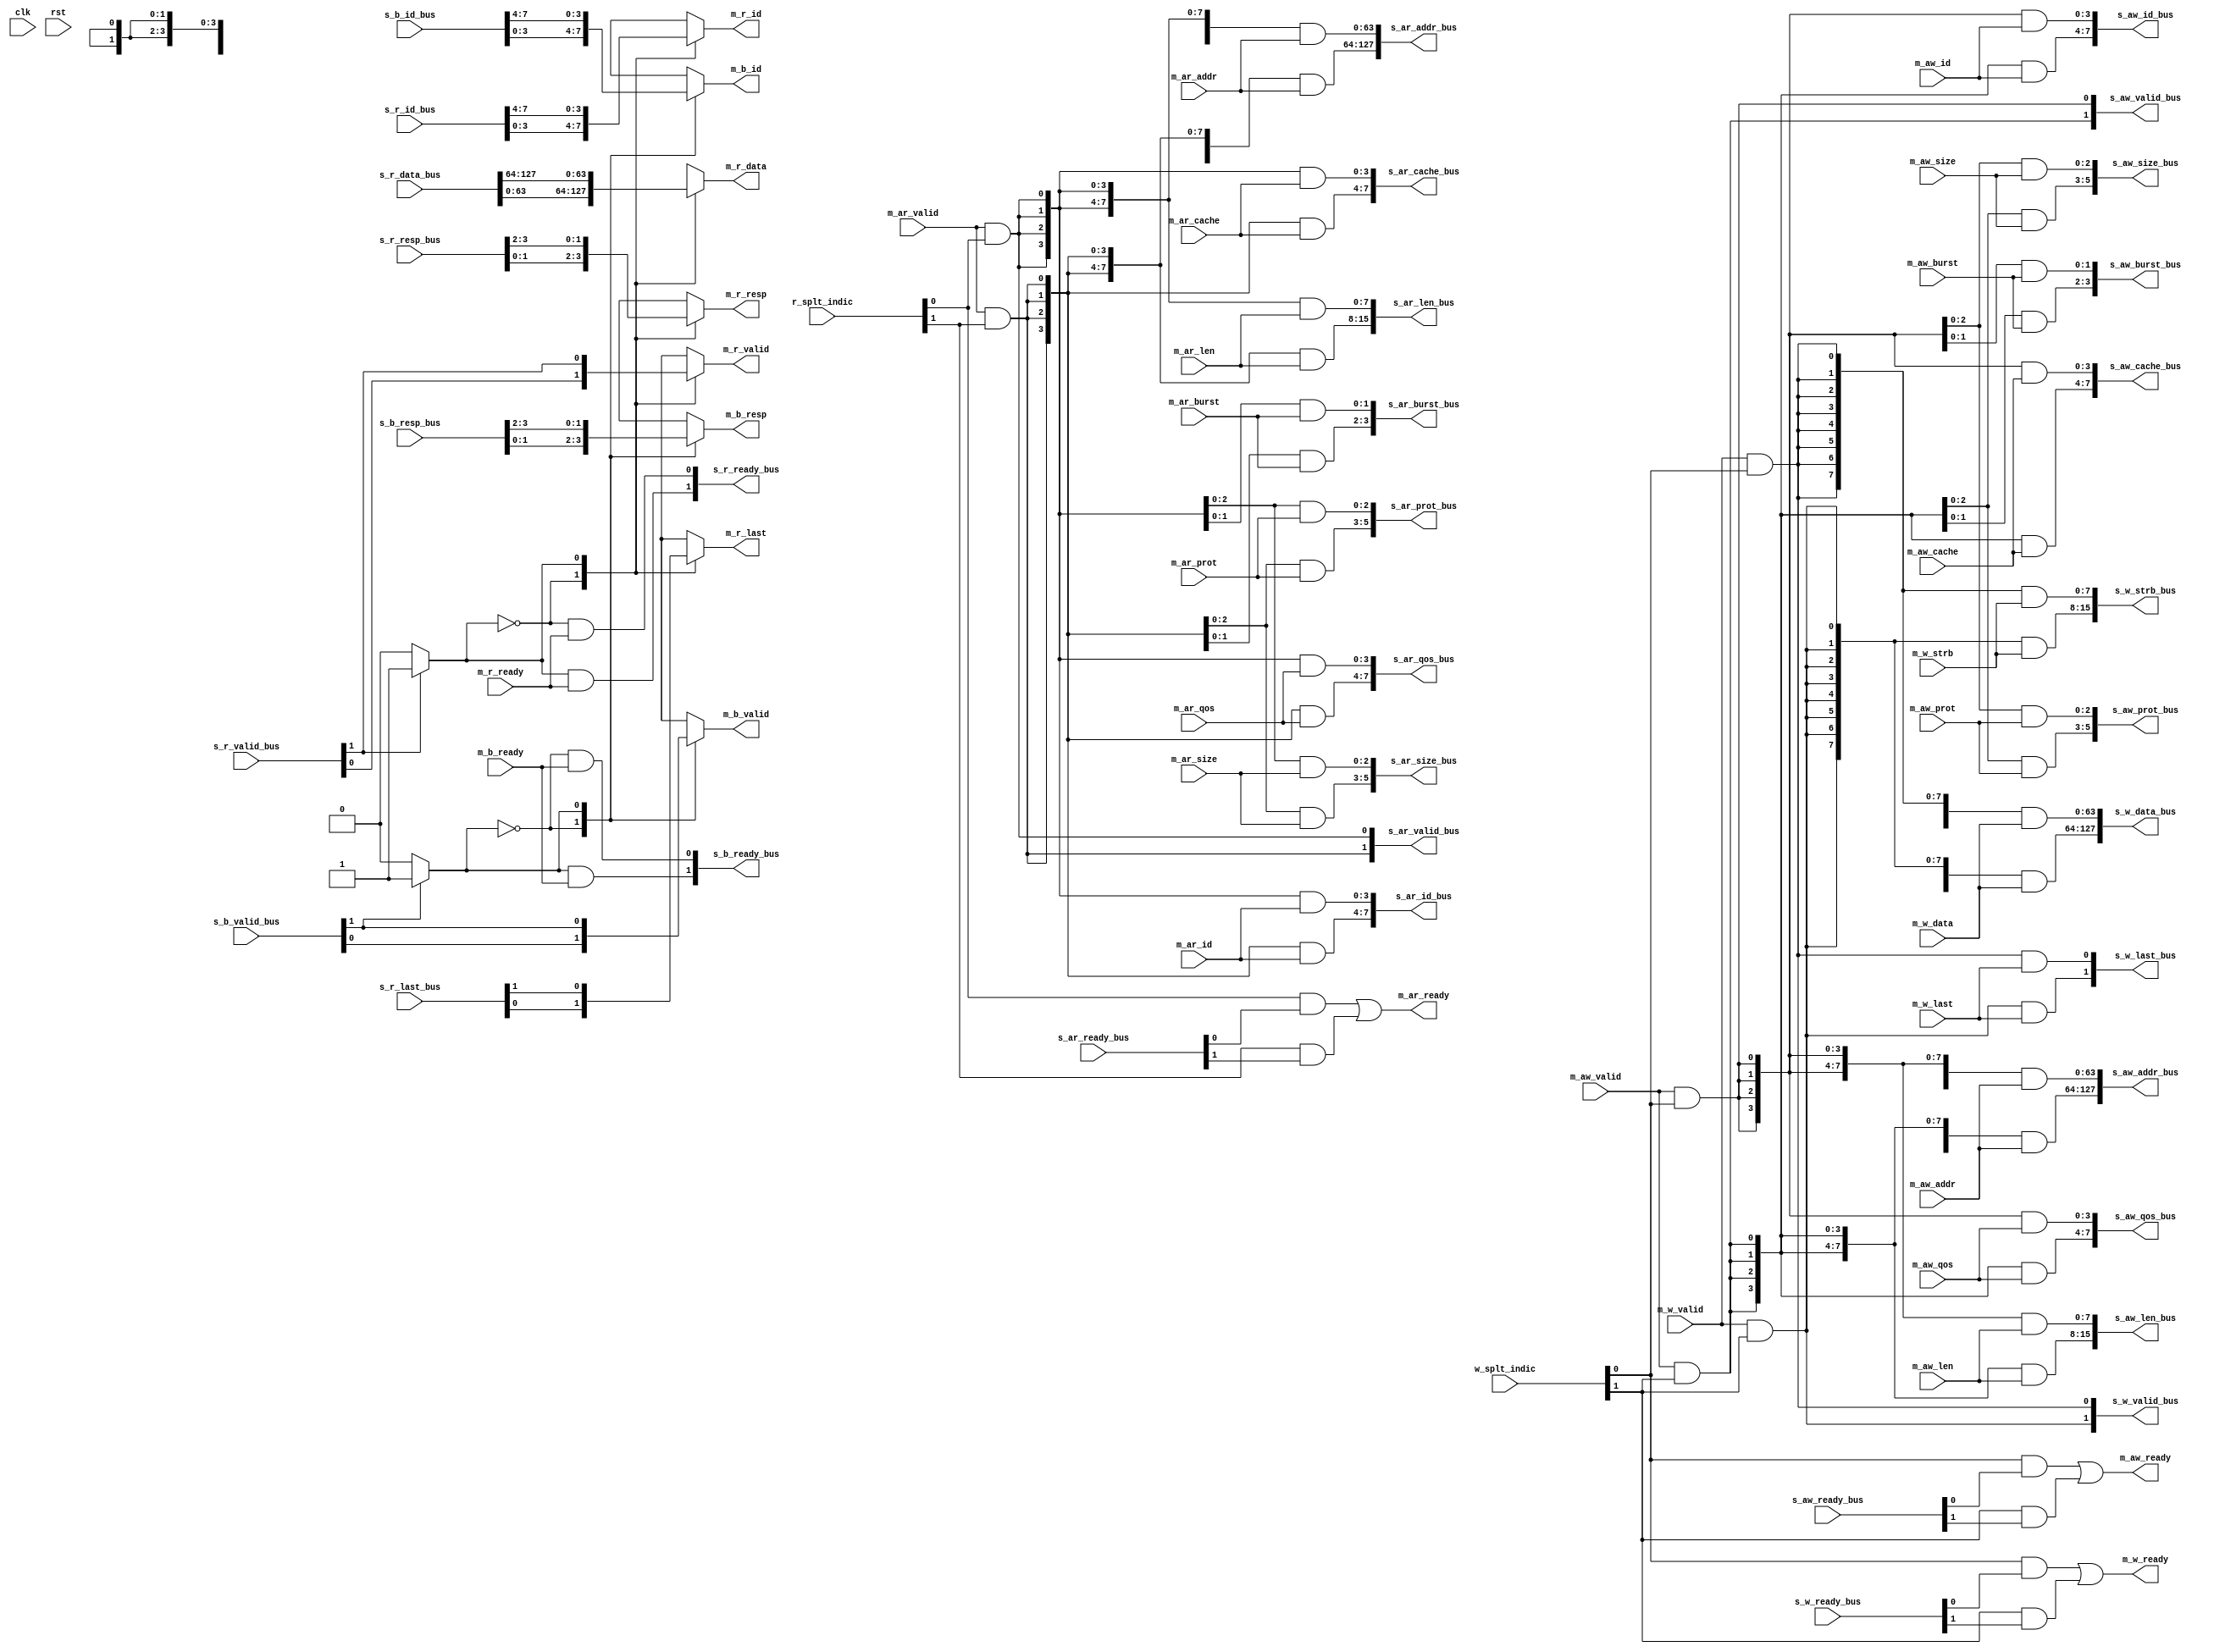
module axi_splt #(
    parameter AW = 64,
    parameter DW = 64,
    parameter ID_W = 4,
    parameter SPLT_NUM = 2,
    parameter SPLT_PTR_W = 1 

)(
    input wire clk,
    input wire rst,

    input wire [SPLT_NUM-1:0]     w_splt_indic,
    input wire [SPLT_NUM-1:0]     r_splt_indic,
    //----------- AXI Interface Signals To Or From Master ----------
    // write address channel 
    input  wire [ID_W-1:0]        m_aw_id,
    input  wire [AW-1  :0]        m_aw_addr,
    input  wire [7:0]             m_aw_len,
    input  wire [2:0]             m_aw_size,
    input  wire [1:0]             m_aw_burst,
    input  wire [3:0]             m_aw_cache,
    input  wire [2:0]             m_aw_prot,
    input  wire [3:0]             m_aw_qos,
    input  wire                   m_aw_valid,
    output wire                   m_aw_ready,
                                  
                                   
    // write data channel   
    input  wire [DW-1  :0]        m_w_data,
    input  wire [DW/8-1:0]        m_w_strb,
    input  wire                   m_w_last,
    input  wire                   m_w_valid,
    output wire                   m_w_ready,
                          
    // write response channel 
    output wire [ID_W-1:0]        m_b_id,
    output wire [1:0]             m_b_resp,
    output wire                   m_b_valid,
    input  wire                   m_b_ready,
                                  
    // read address channel  
    input wire [ID_W-1:0]         m_ar_id,
    input wire [AW-1  :0]         m_ar_addr,
    input wire [7:0]              m_ar_len,
    input wire [2:0]              m_ar_size,
    input wire [1:0]              m_ar_burst,
    input wire [3:0]              m_ar_cache,
    input wire [2:0]              m_ar_prot,
    input wire [3:0]              m_ar_qos,
    input wire                    m_ar_valid,
    output  wire                  m_ar_ready,

    // read data channel  
    output wire [ID_W-1:0]        m_r_id,
    output wire [DW-1  :0]        m_r_data,
    output wire [1:0]             m_r_resp,
    output wire                   m_r_last,
    output wire                   m_r_valid,
    input wire                    m_r_ready,

    //----------- AXI Interface Signals To Or From Slave ----------
    // write address channel 
    output  wire [ID_W*SPLT_NUM-1:0]   s_aw_id_bus,
    output  wire [AW*SPLT_NUM-1  :0]   s_aw_addr_bus,
    output  wire [8*SPLT_NUM-1   :0]   s_aw_len_bus,
    output  wire [3*SPLT_NUM-1   :0]   s_aw_size_bus,
    output  wire [2*SPLT_NUM-1   :0]   s_aw_burst_bus,
    output  wire [4*SPLT_NUM-1   :0]   s_aw_cache_bus,
    output  wire [3*SPLT_NUM-1   :0]   s_aw_prot_bus,
    output  wire [4*SPLT_NUM-1   :0]   s_aw_qos_bus,
    output  wire [1*SPLT_NUM-1   :0]   s_aw_valid_bus,
    input   wire [1*SPLT_NUM-1   :0]   s_aw_ready_bus,
                                       
                                       
    // write data channel              
    output  wire [DW*SPLT_NUM-1  :0]   s_w_data_bus,
    output  wire [(DW/8)*SPLT_NUM-1:0] s_w_strb_bus,
    output  wire [1*SPLT_NUM-1   :0]   s_w_last_bus,
    output  wire [1*SPLT_NUM-1   :0]   s_w_valid_bus,
    input   wire [1*SPLT_NUM-1   :0]   s_w_ready_bus,
                                    
    // write response channel 
    input   wire [ID_W*SPLT_NUM-1:0]   s_b_id_bus,
    input   wire [2*SPLT_NUM-1   :0]   s_b_resp_bus,
    input   wire [1*SPLT_NUM-1   :0]   s_b_valid_bus,
    output  wire [1*SPLT_NUM-1   :0]   s_b_ready_bus,
                                       
    // read address channel            
    output  wire [ID_W*SPLT_NUM-1:0]   s_ar_id_bus,
    output  wire [AW*SPLT_NUM-1  :0]   s_ar_addr_bus,
    output  wire [8*SPLT_NUM-1   :0]   s_ar_len_bus,
    output  wire [3*SPLT_NUM-1   :0]   s_ar_size_bus,
    output  wire [2*SPLT_NUM-1   :0]   s_ar_burst_bus,
    output  wire [4*SPLT_NUM-1   :0]   s_ar_cache_bus,
    output  wire [3*SPLT_NUM-1   :0]   s_ar_prot_bus,
    output  wire [4*SPLT_NUM-1   :0]   s_ar_qos_bus,
    output  wire [1*SPLT_NUM-1   :0]   s_ar_valid_bus,
    input   wire [1*SPLT_NUM-1   :0]   s_ar_ready_bus,

    // read data channel  
    input  wire [ID_W*SPLT_NUM-1  :0]   s_r_id_bus,
    input  wire [DW*SPLT_NUM-1    :0]   s_r_data_bus,
    input  wire [2*SPLT_NUM-1     :0]   s_r_resp_bus,
    input  wire [1*SPLT_NUM-1     :0]   s_r_last_bus,
    input  wire [1*SPLT_NUM-1     :0]   s_r_valid_bus,
    output wire [1*SPLT_NUM-1     :0]   s_r_ready_bus

    );


    // write address channel
    wire [ID_W-1:0]        s_aw_id   [SPLT_NUM-1:0];
    wire [AW-1  :0]        s_aw_addr [SPLT_NUM-1:0];
    wire [7:0]             s_aw_len  [SPLT_NUM-1:0];
    wire [2:0]             s_aw_size [SPLT_NUM-1:0];
    wire [1:0]             s_aw_burst[SPLT_NUM-1:0];
    wire [3:0]             s_aw_cache[SPLT_NUM-1:0];
    wire [2:0]             s_aw_prot [SPLT_NUM-1:0];
    wire [3:0]             s_aw_qos  [SPLT_NUM-1:0];
    wire [SPLT_NUM-1:0]    s_aw_valid;
    wire [SPLT_NUM-1:0]    s_aw_ready;                              
    // write data channel   
    wire [DW-1  :0]        s_w_data [SPLT_NUM-1:0];
    wire [DW/8-1:0]        s_w_strb [SPLT_NUM-1:0];
    wire                   s_w_last [SPLT_NUM-1:0];
    wire                   s_w_valid[SPLT_NUM-1:0];
    wire                   s_w_ready[SPLT_NUM-1:0];
                          
    // write response channel 
    wire [ID_W-1:0]        s_b_id   [SPLT_NUM-1:0];
    wire [1:0]             s_b_resp [SPLT_NUM-1:0];
    wire                   s_b_valid[SPLT_NUM-1:0];
    wire                   s_b_ready[SPLT_NUM-1:0];
                                  
    // read address channel  
    wire [ID_W-1:0]        s_ar_id   [SPLT_NUM-1:0];
    wire [AW-1  :0]        s_ar_addr [SPLT_NUM-1:0];
    wire [7:0]             s_ar_len  [SPLT_NUM-1:0];
    wire [2:0]             s_ar_size [SPLT_NUM-1:0];
    wire [1:0]             s_ar_burst[SPLT_NUM-1:0];
    wire [3:0]             s_ar_cache[SPLT_NUM-1:0];
    wire [2:0]             s_ar_prot [SPLT_NUM-1:0];
    wire [3:0]             s_ar_qos  [SPLT_NUM-1:0];
    wire                   s_ar_valid[SPLT_NUM-1:0];
    wire                   s_ar_ready[SPLT_NUM-1:0];

    // read data channel  
    wire [ID_W-1:0]        s_r_id   [SPLT_NUM-1:0];
    wire [DW-1  :0]        s_r_data [SPLT_NUM-1:0];
    wire [1:0]             s_r_resp [SPLT_NUM-1:0];
    wire                   s_r_last [SPLT_NUM-1:0];
    wire                   s_r_valid[SPLT_NUM-1:0];
    wire                   s_r_ready[SPLT_NUM-1:0];

    reg m_aw_ready_pre;
    reg m_w_ready_pre;
    reg m_ar_ready_pre;

    reg [SPLT_PTR_W-1:0] w_resp_ptr;
    reg [SPLT_PTR_W-1:0] r_resp_ptr;
    

    integer j;
    genvar  i;
    generate
        if(SPLT_NUM == 1) begin: splt_num_eq_1_gen
            // write address
            assign s_aw_id_bus      = m_aw_id;
            assign s_aw_addr_bus    = m_aw_addr;
            assign s_aw_len_bus     = m_aw_len;
            assign s_aw_size_bus    = m_aw_size;
            assign s_aw_burst_bus   = m_aw_burst;
            assign s_aw_cache_bus   = m_aw_cache;
            assign s_aw_prot_bus    = m_aw_prot;
            assign s_aw_qos_bus     = m_aw_qos;
            assign s_aw_valid_bus   = m_aw_valid;
            //
            assign m_aw_ready       = s_aw_ready_bus;


            // write data
            assign s_w_data_bus     = m_w_data;
            assign s_w_strb_bus     = m_w_strb;
            assign s_w_last_bus     = m_w_last;
            assign s_w_valid_bus    = m_w_valid;
            //
            assign m_w_ready        = s_w_ready_bus;

            // write response
            assign m_b_id           = s_b_id_bus;
            assign m_b_resp         = s_b_resp_bus;
            assign m_b_valid        = s_b_valid_bus;
            //
            assign s_b_ready_bus    = m_b_ready;

            // read address
            assign s_ar_id_bus      = m_ar_id;
            assign s_ar_addr_bus    = m_ar_addr;
            assign s_ar_len_bus     = m_ar_len;
            assign s_ar_size_bus    = m_ar_size;
            assign s_ar_burst_bus   = m_ar_burst;
            assign s_ar_cache_bus   = m_ar_cache;
            assign s_ar_prot_bus    = m_ar_prot;
            assign s_ar_qos_bus     = m_ar_qos;
            assign s_ar_valid_bus   = m_ar_valid;
            //
            assign m_ar_ready       = s_ar_ready_bus;

            // read data
            assign m_r_id           = s_r_id_bus;
            assign m_r_data         = s_r_data_bus;
            assign m_r_resp         = s_r_resp_bus;
            assign m_r_last         = s_r_last_bus;
            assign m_r_valid        = s_r_valid_bus;
            //
            assign s_r_ready_bus    = m_r_ready;
        end
        else begin :splt_num_gt_1_gen
            for(i = 0; i < SPLT_NUM; i=i+1) begin
                assign s_aw_id_bus   [ID_W *(i+1)-1 : i*ID_W]  = s_aw_id   [i];
                assign s_aw_addr_bus [AW   *(i+1)-1 : i*AW  ]  = s_aw_addr [i];
                assign s_aw_len_bus  [8    *(i+1)-1 : i*8   ]  = s_aw_len  [i];
                assign s_aw_size_bus [3    *(i+1)-1 : i*3   ]  = s_aw_size [i];
                assign s_aw_burst_bus[2    *(i+1)-1 : i*2   ]  = s_aw_burst[i];
                assign s_aw_cache_bus[4    *(i+1)-1 : i*4   ]  = s_aw_cache[i];
                assign s_aw_prot_bus [3    *(i+1)-1 : i*3   ]  = s_aw_prot [i];
                assign s_aw_qos_bus  [4    *(i+1)-1 : i*4   ]  = s_aw_qos  [i];
                assign s_aw_valid_bus[i]                       = s_aw_valid[i];
                assign s_aw_ready[i]                           = s_aw_ready_bus[i];
                                                             
                assign s_w_data_bus  [DW   *(i+1)-1 : i*DW   ] = s_w_data  [i];
                assign s_w_strb_bus  [(DW/8)*(i+1)-1:i*(DW/8)] = s_w_strb  [i];
                assign s_w_last_bus  [i]                       = s_w_last  [i];      
                assign s_w_valid_bus [i]                       = s_w_valid [i];
                assign s_w_ready     [i]                       = s_w_ready_bus [i];

                assign s_b_id[i]        = s_b_id_bus   [ID_W*(i+1)-1 :i*ID_W];   
                assign s_b_resp[i]      = s_b_resp_bus [2*(i+1)-1    :i*2   ];
                assign s_b_valid[i]     = s_b_valid_bus[i];
                assign s_b_ready_bus[i] = s_b_ready    [i];



                assign s_ar_id_bus   [ID_W *(i+1)-1 : i*ID_W]  = s_ar_id   [i];
                assign s_ar_addr_bus [AW   *(i+1)-1 : i*AW  ]  = s_ar_addr [i];
                assign s_ar_len_bus  [8    *(i+1)-1 : i*8   ]  = s_ar_len  [i];
                assign s_ar_size_bus [3    *(i+1)-1 : i*3   ]  = s_ar_size [i];
                assign s_ar_burst_bus[2    *(i+1)-1 : i*2   ]  = s_ar_burst[i];
                assign s_ar_cache_bus[4    *(i+1)-1 : i*4   ]  = s_ar_cache[i];
                assign s_ar_prot_bus [3    *(i+1)-1 : i*3   ]  = s_ar_prot [i];
                assign s_ar_qos_bus  [4    *(i+1)-1 : i*4   ]  = s_ar_qos  [i];
                assign s_ar_valid_bus[i]                       = s_ar_valid[i];
                assign s_ar_ready    [i]                       = s_ar_ready_bus[i];

                assign s_r_id[i]        = s_r_id_bus   [ID_W*(i+1)-1 :i*ID_W]; 
                assign s_r_data[i]      = s_r_data_bus [DW  *(i+1)-1 :i*DW  ];  
                assign s_r_resp[i]      = s_r_resp_bus [2*(i+1)-1    :i*2   ];
                assign s_r_last[i]      = s_r_last_bus [i];
                assign s_r_valid[i]     = s_r_valid_bus[i];
                assign s_r_ready_bus[i] = s_r_ready    [i];
            end

            //---------------------  Write Transaction Mux  --------------------
            // Write Address Channel
            always @(*) begin
                m_aw_ready_pre = 0;
                for(j=0; j<SPLT_NUM; j=j+1) begin
                    m_aw_ready_pre = m_aw_ready_pre | (w_splt_indic[j] & s_aw_ready[j]);
                end
            end
            assign m_aw_ready = m_aw_ready_pre;

            for (i=0 ;i < SPLT_NUM ;i=i+1 ) begin
                assign s_aw_valid[i] = m_aw_valid && w_splt_indic[i];

                assign s_aw_id   [i]   = {ID_W{s_aw_valid[i]}} & m_aw_id;
                assign s_aw_addr [i]   = {AW  {s_aw_valid[i]}} & m_aw_addr;
                assign s_aw_len  [i]   = {8   {s_aw_valid[i]}} & m_aw_len;
                assign s_aw_size [i]   = {3   {s_aw_valid[i]}} & m_aw_size;
                assign s_aw_burst[i]   = {2   {s_aw_valid[i]}} & m_aw_burst;
                assign s_aw_cache[i]   = {4   {s_aw_valid[i]}} & m_aw_cache;
                assign s_aw_prot [i]   = {3   {s_aw_valid[i]}} & m_aw_prot;
                assign s_aw_qos  [i]   = {4   {s_aw_valid[i]}} & m_aw_qos;
            end

            // Write Data Channel
            always @(*) begin
                m_w_ready_pre = 0;
                for(j=0; j<SPLT_NUM; j=j+1) begin
                    m_w_ready_pre = m_w_ready_pre | (w_splt_indic[j] & s_w_ready[j]);
                end
            end
            assign m_w_ready = m_w_ready_pre;

            for (i=0 ;i < SPLT_NUM ;i=i+1 ) begin
                assign s_w_valid[i] = m_w_valid && w_splt_indic[i];

                assign s_w_data [i]   = {DW     {s_w_valid[i]}} & m_w_data;
                assign s_w_strb [i]   = {(DW/8) {s_w_valid[i]}} & m_w_strb;
                assign s_w_last [i]   = {1      {s_w_valid[i]}} & m_w_last;
            end

            // Write Response Channel
            always @(*) begin
                w_resp_ptr = 0;
                for(j = 0; j < SPLT_NUM; j=j+1) begin
                    if(s_b_valid[j]) begin w_resp_ptr = j[SPLT_PTR_W-1:0]; end
                end
            end

            assign m_b_valid = s_b_valid[w_resp_ptr];
            assign m_b_id    = s_b_id   [w_resp_ptr];
            assign m_b_resp  = s_b_resp [w_resp_ptr];

            for (i = 0; i<SPLT_NUM; i=i+1 ) begin
                assign s_b_ready[i] = (w_resp_ptr==i) && m_b_ready;
            end

            //---------------------  Read Transaction Mux  ---------------------

            // Read Address Channel
            always @(*) begin
                m_ar_ready_pre = 1'b0;
                for(j=0; j < SPLT_NUM; j=j+1) begin
                    m_ar_ready_pre = m_ar_ready_pre | (r_splt_indic[j] & s_ar_ready[j]);
                end
            end
            assign m_ar_ready = m_ar_ready_pre;

            for (i=0; i < SPLT_NUM; i=i+1 ) begin
                assign s_ar_valid[i] = m_ar_valid && r_splt_indic[i];

                assign s_ar_id   [i]   = {ID_W{s_ar_valid[i]}} & m_ar_id;
                assign s_ar_addr [i]   = {AW  {s_ar_valid[i]}} & m_ar_addr;
                assign s_ar_len  [i]   = {8   {s_ar_valid[i]}} & m_ar_len;
                assign s_ar_size [i]   = {3   {s_ar_valid[i]}} & m_ar_size;
                assign s_ar_burst[i]   = {2   {s_ar_valid[i]}} & m_ar_burst;
                assign s_ar_cache[i]   = {4   {s_ar_valid[i]}} & m_ar_cache;
                assign s_ar_prot [i]   = {3   {s_ar_valid[i]}} & m_ar_prot;
                assign s_ar_qos  [i]   = {4   {s_ar_valid[i]}} & m_ar_qos;
            end

            // Read Data Response
            always @(*) begin
                r_resp_ptr = 0;
                for(j = 0; j < SPLT_NUM; j=j+1) begin
                    if(s_r_valid[j]) begin r_resp_ptr = j[SPLT_PTR_W-1:0]; end
                end
            end

            assign m_r_valid = s_r_valid[r_resp_ptr];

            assign m_r_id    = s_r_id   [r_resp_ptr];
            assign m_r_data  = s_r_data [r_resp_ptr];
            assign m_r_resp  = s_r_resp [r_resp_ptr];
            assign m_r_last  = s_r_last [r_resp_ptr];

            for (i = 0; i<SPLT_NUM; i=i+1 ) begin
                assign s_r_ready[i] = (r_resp_ptr==i) && m_r_ready;
            end
        end
    
    endgenerate

endmodule